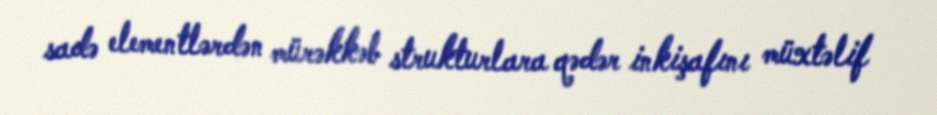
sadə elementlərdən mürəkkəb strukturlara qədər inkişafını müxtəlif